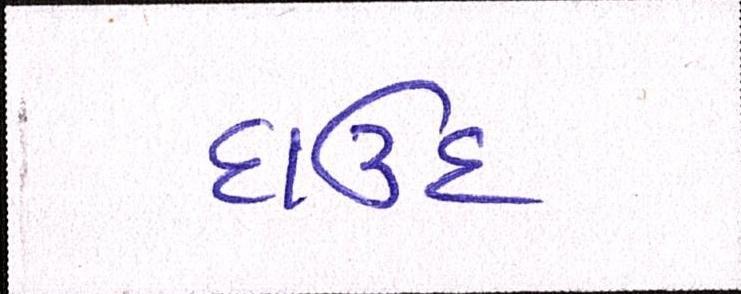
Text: દાઉદ